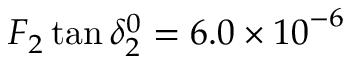
F _ { 2 } \tan { \delta _ { 2 } ^ { 0 } = { 6 . 0 \times 1 0 } ^ { - 6 } }